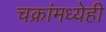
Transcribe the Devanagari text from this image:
चक्रांमध्येही